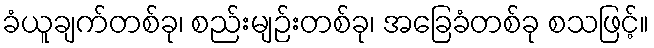
ခံယူချက်တစ်ခု၊ စည်းမျဉ်းတစ်ခု၊ အခြေခံတစ်ခု စသဖြင့်။